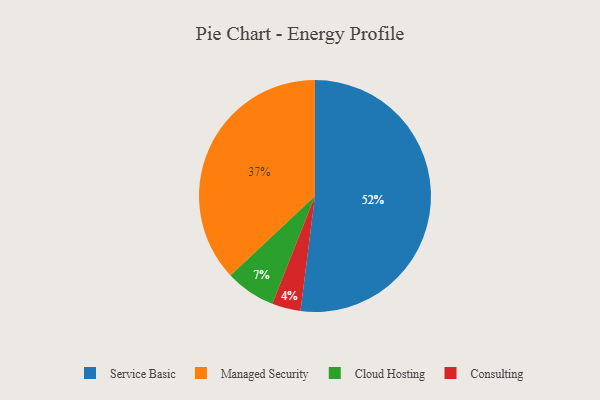
{"axis": {"x": "Category", "y": "Percentage"}, "legend": ["Cloud Hosting", "Consulting", "Managed Security", "Service Basic"], "data": [{"x": "Service Basic", "y": 52, "type": "Service Basic"}, {"x": "Managed Security", "y": 37, "type": "Managed Security"}, {"x": "Cloud Hosting", "y": 7, "type": "Cloud Hosting"}, {"x": "Consulting", "y": 4, "type": "Consulting"}]}